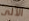
الآلى